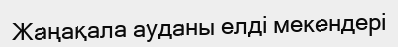
Жаңақала ауданы елді мекендері